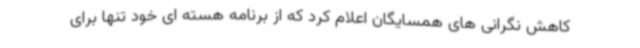
کاهش نگرانی های همسایگان اعلام کرد که از برنامه هسته ای خود تنها برای